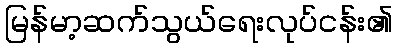
မြန်မာ့ဆက်သွယ်ရေးလုပ်ငန်း၏